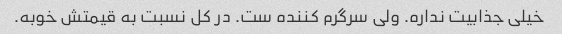
خیلی جذابیت نداره. ولی سرگرم کننده ست. در کل نسبت به قیمتش خوبه.